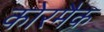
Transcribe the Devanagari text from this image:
कोरमैक